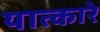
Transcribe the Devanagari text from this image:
यात्कारे